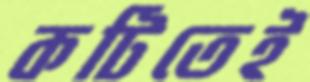
কটিতেই